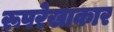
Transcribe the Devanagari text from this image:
रूपरेखाकार